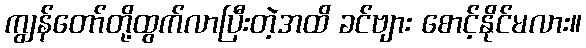
ကျွန်တော်တို့ထွက်လာပြီးတဲ့အထိ ခင်ဗျား စောင့်နိုင်မလား။